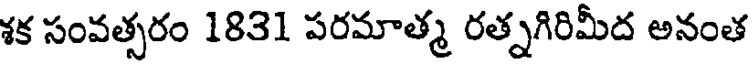
శక సంవత్సరం 1831 పరమాత్మ రత్నగిరిమీద అనంత